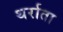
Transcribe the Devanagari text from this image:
थर्राता